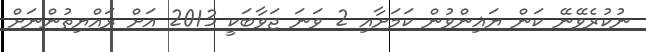
ނުކުރެވޭނޭ ކަން ޔަޣިންވުން ކަމަށާއި 2 ވަނަ ޖަވާބަކީ 2013 އަށް ރައްޔިތުންނަށް